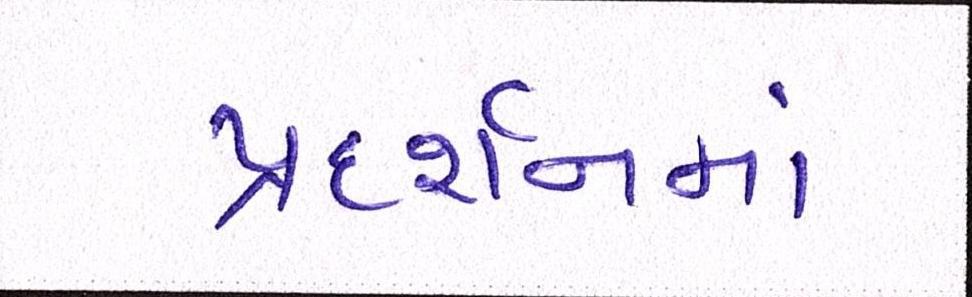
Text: પ્રદર્શનમાં